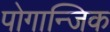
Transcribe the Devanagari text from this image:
पोगान्जिक